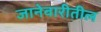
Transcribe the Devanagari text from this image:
जानेवारीतील